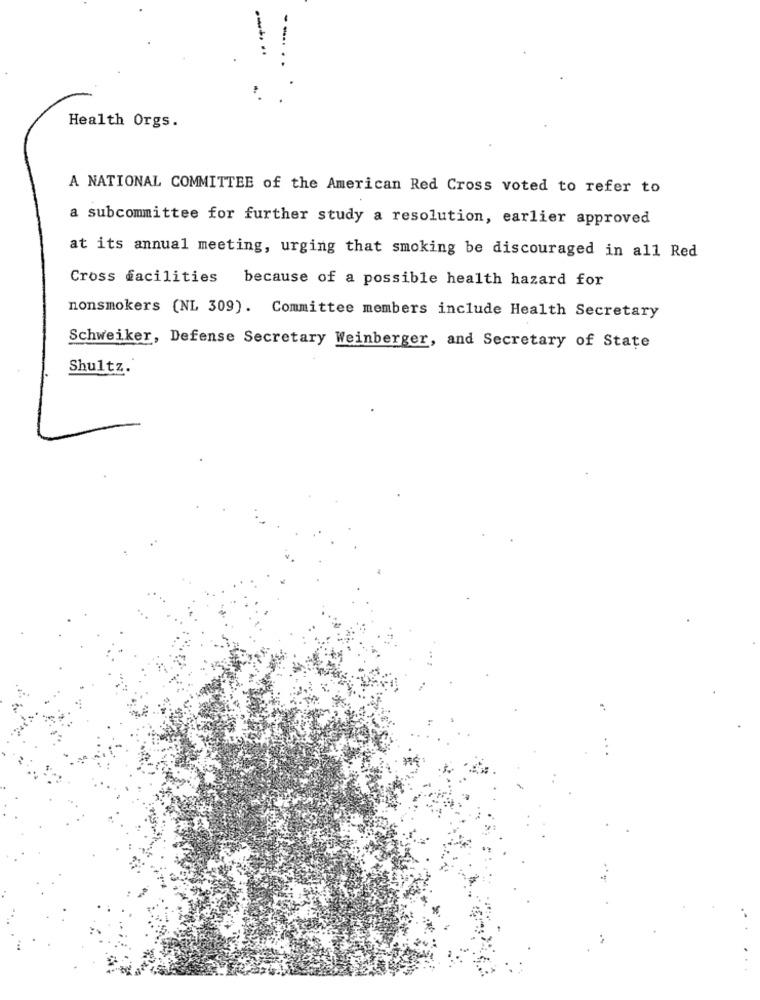
Health Orgs.
A NATIONAL COMMITTEE of the American Red Cross voted to refer to
a subcommittee for further study a resolution, earlier approved
at its annual meeting, urging that smoking be discouraged in all Red
Cross facilities because of a possible health hazard for
nonsmokers (NL 309). Committee members include Health Secretary
Schweiker, Defense Secretary Weinberger, and Secretary of State
Shultz.